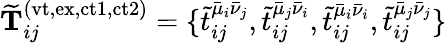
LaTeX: \mathbf{\widetilde{T}}_{ij}^{(\mathrm{vt,ex,ct1,ct2})}=\{ \tilde{t}_{ij}^{\bar{\mu}_{i}\bar{\nu}_{j}},\tilde{t}_{ij}^{\bar{\mu}_{j}\bar{\nu}_{i}},\tilde{t}_{ij}^{\bar{\mu}_{i}\bar{\nu}_{i}},\tilde{t}_{ij}^{\bar{\mu}_{j}\bar{\nu}_{j}}\}